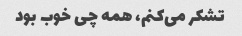
تشکر می‌کنم، همه چی خوب بود